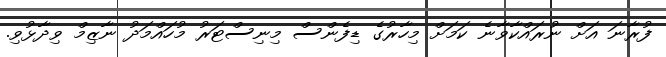
ފުރާނަ އަށް ނުރައްކާވާނެ ކަމަށް މިހާރުގެ ޑިފެންސް މިނިސްޓަރު މުހައްމަދު ނާޒިމް ވިދާޅުވި.